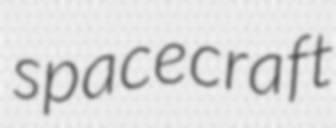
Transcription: spacecraft